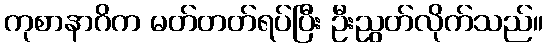
ကုစာနာဂိက မတ်တတ်ရပ်ပြီး ဦးညွတ်လိုက်သည်။